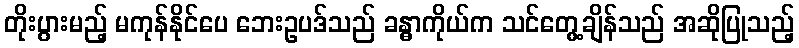
တိုးပွားမည့် မကုန်နိုင်ပေ ဘေးဥပဒ်သည် ခန္ဓာကိုယ်က သင်တွေ့ချိန်သည် အဆိုပြုသည့်